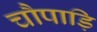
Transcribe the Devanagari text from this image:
चौपाड़ि